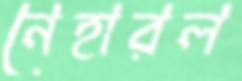
নেহারল